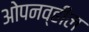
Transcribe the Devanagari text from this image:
ओपनव्हील